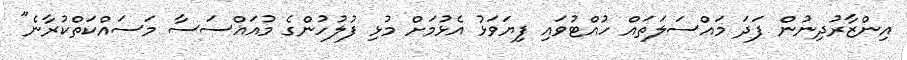
އިންޒާރުދިނުން ފަދަ މައްސަލަތައް ހުއްޓުވައި ފިޔަވަޅު އެޅުމަށް މުޅި ފުލުހުންގެ މުއައްސަސާ މަސައްކަތްކުރާނެ"